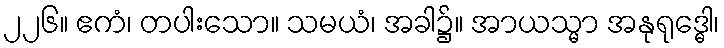
၂၂၆။ ဧကံ၊ တပါးသော။ သမယံ၊ အခါ၌။ အာယသ္မာ အနုရုဒ္ဓေါ၊